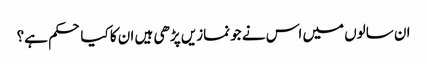
ان سالوں میں اس نے جو نمازیں پڑھی ہیں ان کا کیا حکم ہے؟